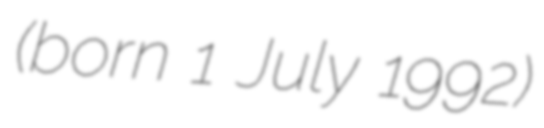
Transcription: (born 1 July 1992)